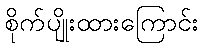
စိုက်ပျိုးထားကြောင်း